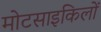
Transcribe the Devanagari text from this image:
मोटसाइकिलों